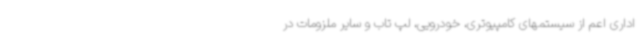
اداری اعم از سیستمهای کامپیوتری، خودرویی، لپ تاب و سایر ملزومات در